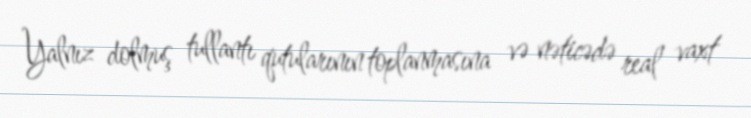
Yalnız dolmuş tullantı qutularının toplanmasına və nəticədə real vaxt